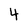
Character: 4